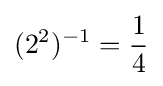
(2^{2})^{-1}={1 \over 4}